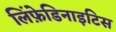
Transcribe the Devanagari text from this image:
लिंफ़ेडिनाइटिस